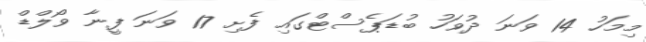
މިމަހު 14 ވަނަ ދުވަހު ބުޑަޕެސްޓްގައި ފެށި 17 ވަނަ ފީނާ ވޯލްޑް